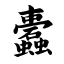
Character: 蠹